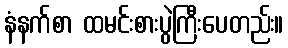
နံနက်စာ ထမင်းစားပွဲကြီးပေတည်း။